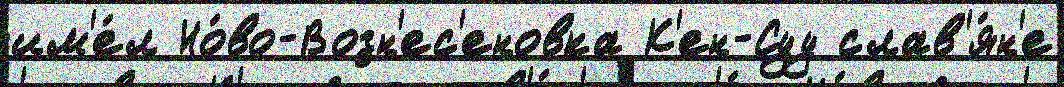
им'е́л Но́во-Возн'ес'еновка К'ен-Суу слав'я́н'е